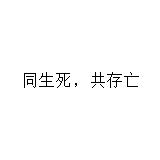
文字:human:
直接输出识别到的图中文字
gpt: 同生死，共存亡